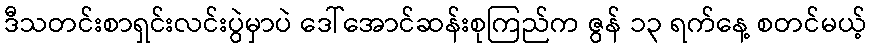
ဒီသတင်းစာရှင်းလင်းပွဲမှာပဲ ဒေါ်အောင်ဆန်းစုကြည်က ဇွန် ၁၃ ရက်နေ့ စတင်မယ့်